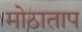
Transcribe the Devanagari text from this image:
मोठाताप